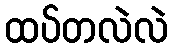
ထပ်တလဲလဲ